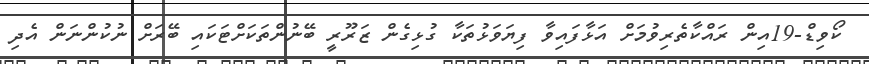
ކޯވިޑް-19އިން ރައްކާތެރިވުމަށް އަޅާފައިވާ ފިޔަވަޅުތަކާ ގުޅިގެން ޒަރޫރީ ބޭނުންތަކަށްޓަކައި ބޭރަށް ނުކުންނަން އެދި